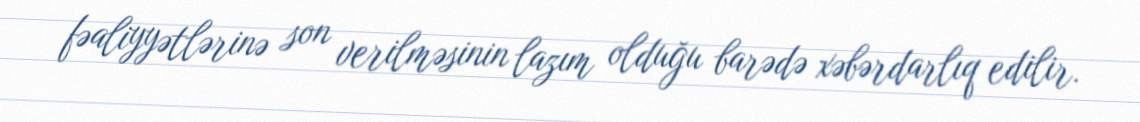
fəaliyyətlərinə son verilməsinin lazım olduğu barədə xəbərdarlıq edilir.